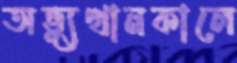
অভ্যুত্থানকালে